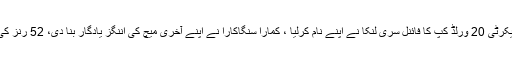
2014ء)سری لنکا نے بگ تھری کے ٹھیکیدار بھارت کو عبرتناک شکست دیکرٹی 20 ورلڈ کپ کا فائنل سری لنکا نے اپنے نام کرلیا ، کمارا سنگاکارا نے اپنے آخری میچ کی اننگز یادگار بنا دی، 52 رنز کی ناقابل شکست اننگز کھیل کر سری لنکا کو ٹی 20 ورلڈ کپ کا چیمپئن بنا دیا۔